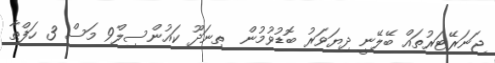
ޖަނަރޭޓަރުތައް ބޭލޭނީ ދިޔަވަރު ބޮޑުވުމުން  ތިނަދޫ ކައުންސިލް9 މަސް 3 ހަފްތާ